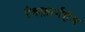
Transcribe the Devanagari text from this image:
रैथफ़ार्नहैम